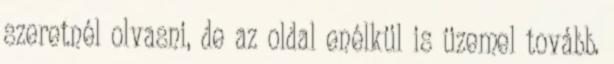
szeretnél olvasni, de az oldal enélkül is üzemel tovább.